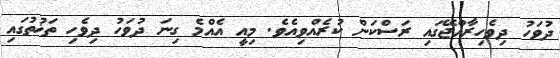
ދުވަހު ދިވެހިރާއްޖޭގައި ރަސްކަން ކުރެއްވިއެވެ. މިއީ އެއްމެ ގިނަ ދުވަހު ދިވެހި ތަޚުތުގައި